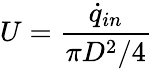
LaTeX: U=\frac{\dot{q}_{in}}{\pi D^{2}/4}